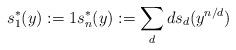
LaTeX: \begin{align*}s_1^{*}(y):=1 s_n^{*}(y):=\sum_{d}d s_d(y^{n/d})\end{align*}